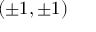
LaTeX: ( \pm 1 , \pm 1 )